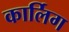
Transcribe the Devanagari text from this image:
कार्लिग